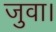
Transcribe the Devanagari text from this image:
जुवा।